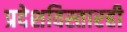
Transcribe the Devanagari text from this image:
प्रदेशविस्तारही